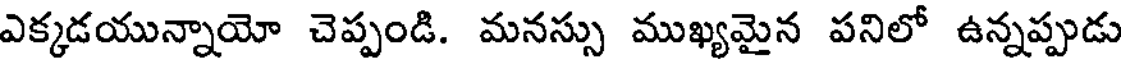
ఎక్కడయున్నాయో చెప్పండి. మనస్సు ముఖ్యమైన పనిలో ఉన్నప్పుడు